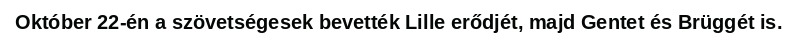
Október 22-én a szövetségesek bevették Lille erődjét, majd Gentet és Brüggét is.